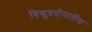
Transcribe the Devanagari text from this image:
विद्युतदीपातील